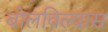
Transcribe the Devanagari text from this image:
बोलविल्यास